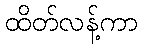
ထိတ်လန့်ကာ